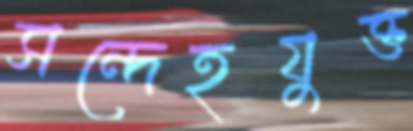
সন্দেহযুক্ত